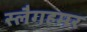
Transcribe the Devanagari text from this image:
स्लैगहमर